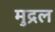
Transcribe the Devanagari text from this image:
मुद्रल